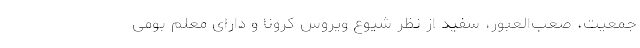
جمعیت، صعب‌العبور، سفید از نظر شیوع ویروس کرونا و دارای معلم بومی